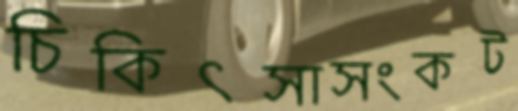
চিকিৎসাসংকট